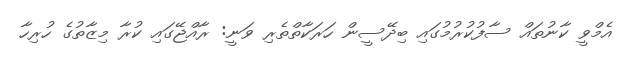
އެމްވީ ކާނުތައް ސާފުކުރުމުގައި ބިދޭސީން ހަރަކާތްތެރި ވަނީ: ރާއްޖޭގައި ކުރާ މިޒާތުގެ ހުރިހާ